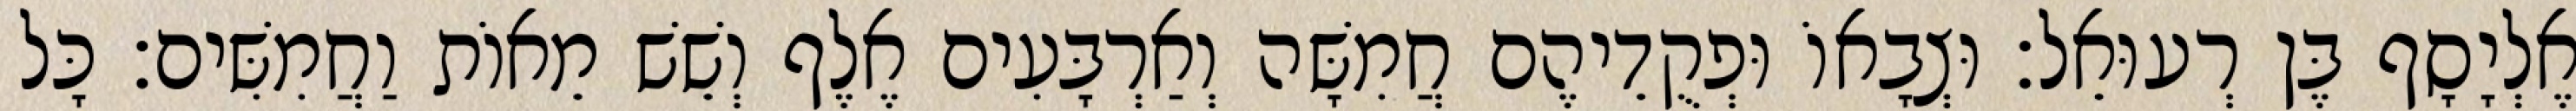
אֶלְיָסָף בֶּן רְעוּאֵל׃ וּצְבָאוֹ וּפְקֻדֵיהֶם חֲמִשָּׁה וְאַרְבָּעִים אֶלֶף וְשֵׁשׁ מֵאוֹת וַחֲמִשִּׁים׃ כָּל